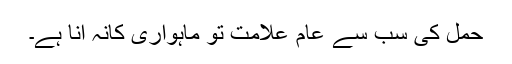
حمل کی سب سے عام علامت تو ماہواری کانہ آنا ہے۔